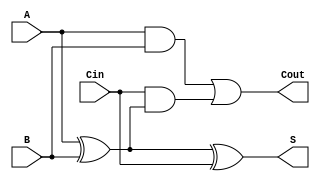
module FullAdder (
    input wire A,     // First input bit
    input wire B,     // Second input bit
    input wire Cin,   // Carry-in bit
    output wire S,    // Sum output
    output wire Cout   // Carry-out output
);

// Intermediate signals
wire X1;           // Intermediate XOR result

// Sum calculation using two XOR gates
assign X1 = A ^ B; // First XOR gate: X1 = A  B
assign S = X1 ^ Cin; // Second XOR gate: S = X1  Cin

// Carry-out calculation using AND and OR gates
assign Cout = (A & B) | (Cin & X1); // Cout = (A  B) + (Cin  (A  B))

endmodule